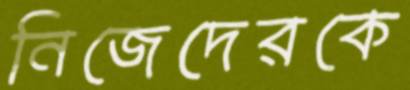
নিজেদেরকে